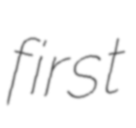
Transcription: first